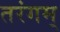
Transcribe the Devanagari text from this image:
तरंगम्